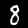
Digit: 8